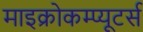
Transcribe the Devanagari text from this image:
माइक्रोकम्प्यूटर्स